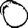
Digit: 0